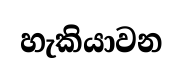
හැකියාවන